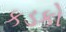
કડકો